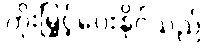
တိုးမြှင့်ပေးနိုင်သည်